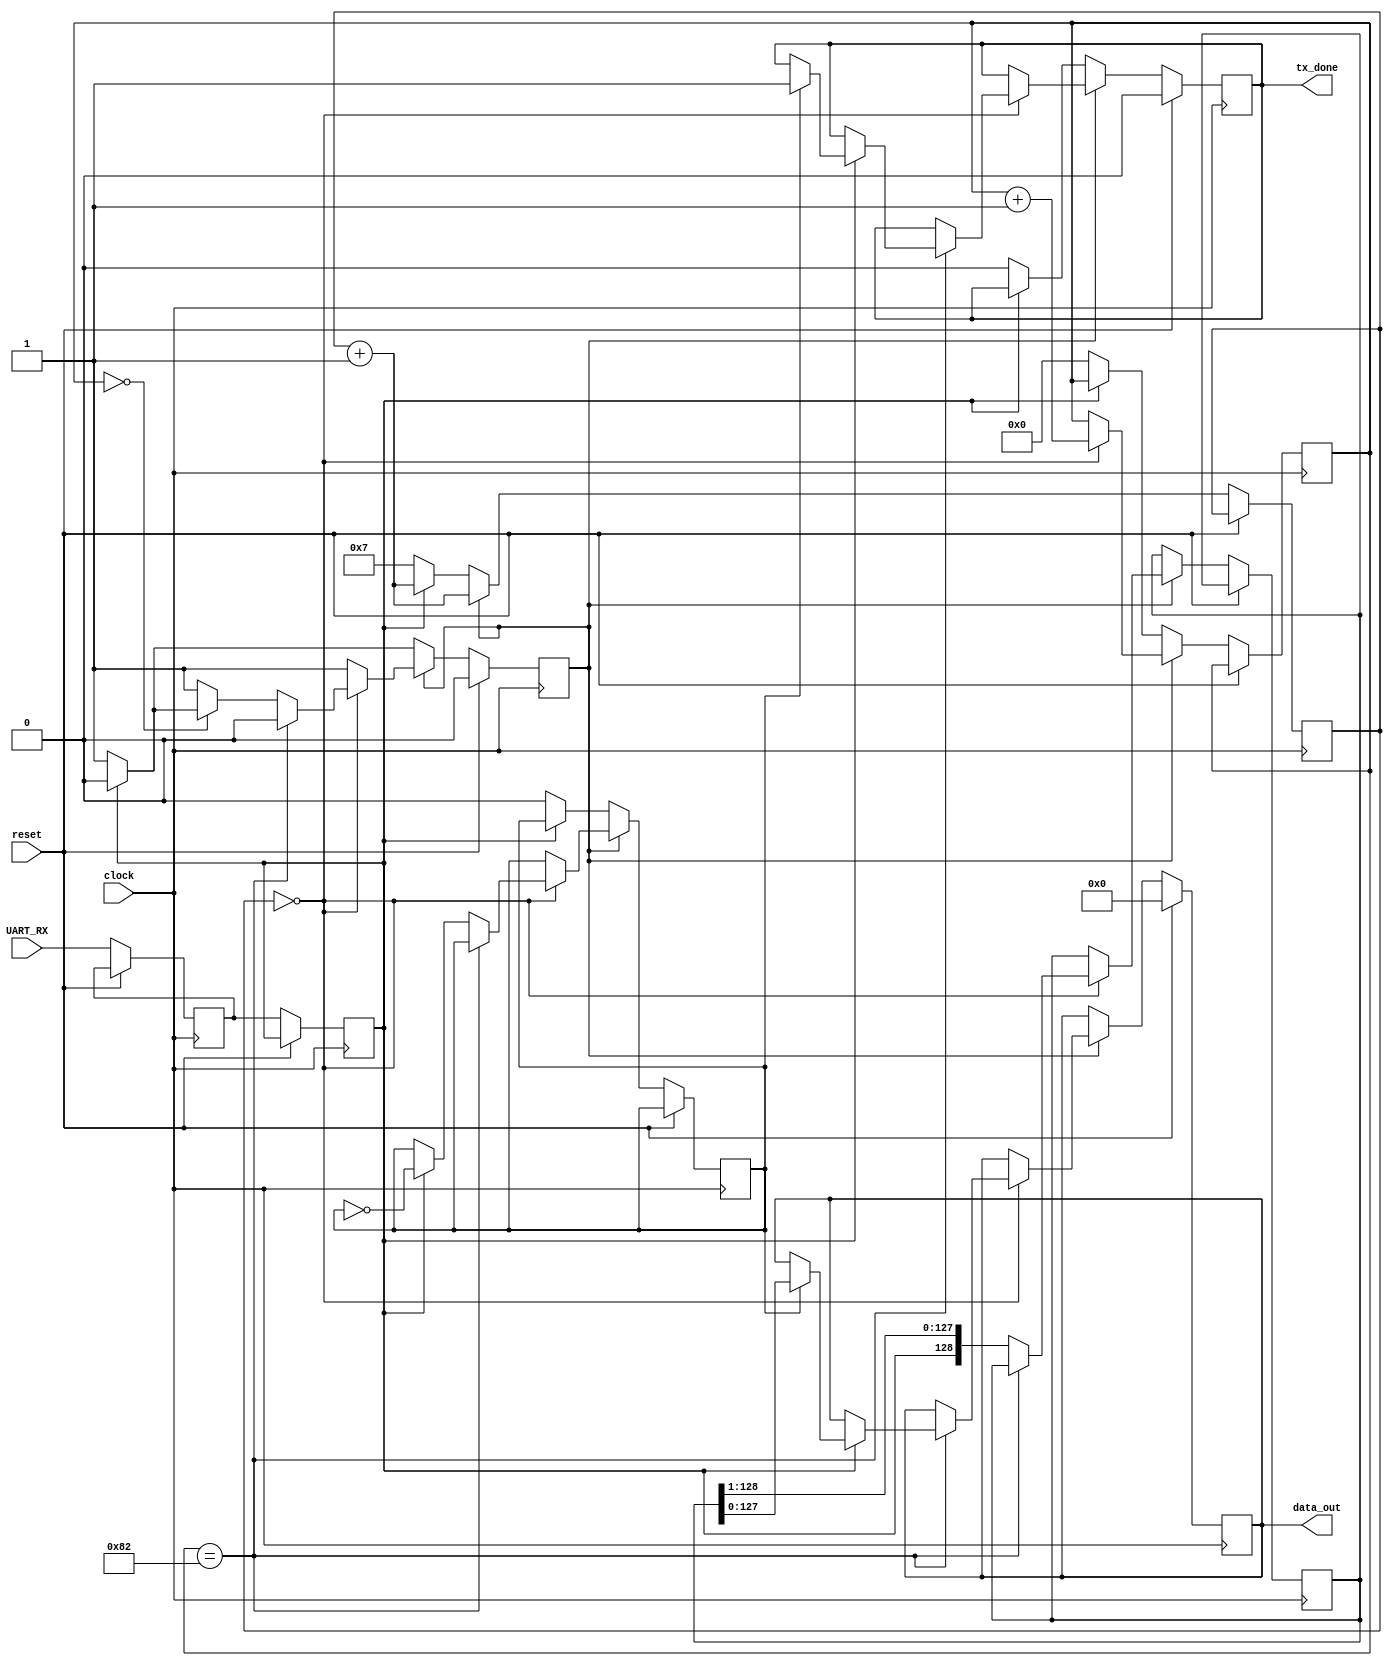
`timescale 1ns / 1ps
//////////////////////////////////////////////////////////////////////////////////
// Company: 
// Engineer: 
// 
// Design Name: 
// Module Name:    rcvr 
// Project Name: 
// Target Devices: 
// Tool versions: 
// Description: 
//
// Dependencies: 
//
// Revision: 
// Revision 0.01 - File Created
// Additional Comments: 
//
//////////////////////////////////////////////////////////////////////////////////
module rcvr(
    input clock,
    input reset,
    input UART_RX,
    output reg tx_done,
    output reg [127:0] data_out
    );
	 
	 reg [3:0] counter16;
	 reg [8:0] bit_count;
	 reg recieving;
	 reg [128:0] data_buf;
	 reg odd;
	 reg rx1;
	 reg rx2;
	 
	always @(posedge clock) begin
		if(reset) begin
			recieving <= 0;
			data_out <= 8'h00;
			tx_done <= 1'b0;
		end
		else begin
			// Buffer UART_RX
			rx1 <= UART_RX;
			rx2 <= rx1;
			
			// Increment the counter
			counter16 <= counter16+1;
			
			// Look for start
			if (~recieving) begin
				if (~rx2) begin // Start?
					counter16 <= 4'h7;
					recieving <= 1;
					bit_count <= 0;
					tx_done <= 0;
					odd <= 0;
				end
			end
			else if (counter16 == 4'b0000) begin
				bit_count <= bit_count+9'd1;
				
				if (bit_count == 9'd0) begin // Is it really start?
					if (rx2) begin // RX went high again too fast. Not start
						recieving <= 1'b0;
					end
				end
				if (bit_count == 9'd130) begin // End bit
					recieving <= 1'b0;
					if(rx2) begin // End bit found
						if(odd) begin
							data_out <= data_buf[127:0];
							tx_done <= 1'b1;
						end
					end
				end
				else begin
					// Record and shift
					data_buf <= {rx2, data_buf[128:1]};
					
					// Record parity
					if(rx2) begin
						odd <= ~odd;
					end
					
				end
			end
		end
	end
			
				
			


endmodule